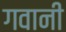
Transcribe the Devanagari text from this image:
गवानी